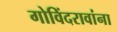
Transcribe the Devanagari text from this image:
गोविंदरावांना